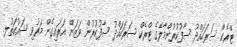
ޓްރެކް ސަރަހައްދު ސާފުކުރުންމާލޭގެ ޓްރެކް ސަރަހައްދު ސާފުކުރުން ވަޒަން އަރައިގެން މަރުވި ޝައުކަތުލ.